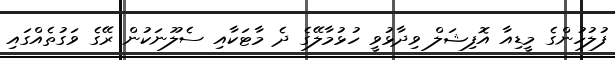
ފުލުހުންގެ މީޑިއާ އޮފިޝަލް ވިދާޅުވީ ހުޅުމާލޭގެ ދެ މާޓަކާއި ސެލޫނަކުން ރޭގެ ވަގުތެއްގައި